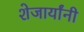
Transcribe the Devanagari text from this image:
शेजार्यांनी